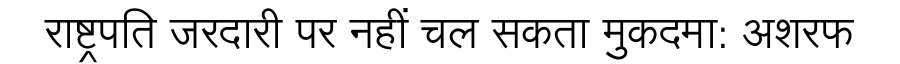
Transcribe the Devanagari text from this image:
राष्ट्रपति जरदारी पर नहीं चल सकता मुकदमा: अशरफ